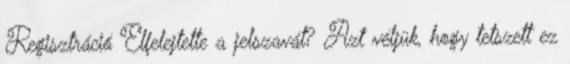
Regisztráció Elfelejtette a jelszavát? Azt véljük, hogy tetszett ez